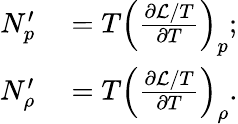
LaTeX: \begin{array}{rl}{N_{p}^{\prime}}&{{}=T\left(\frac{\partial\mathcal{L}/T}{\partial T}\right)_{p};}\\ {N_{\rho}^{\prime}}&{{}=T\left(\frac{\partial\mathcal{L}/T}{\partial T}\right)_{\rho}.}\end{array}